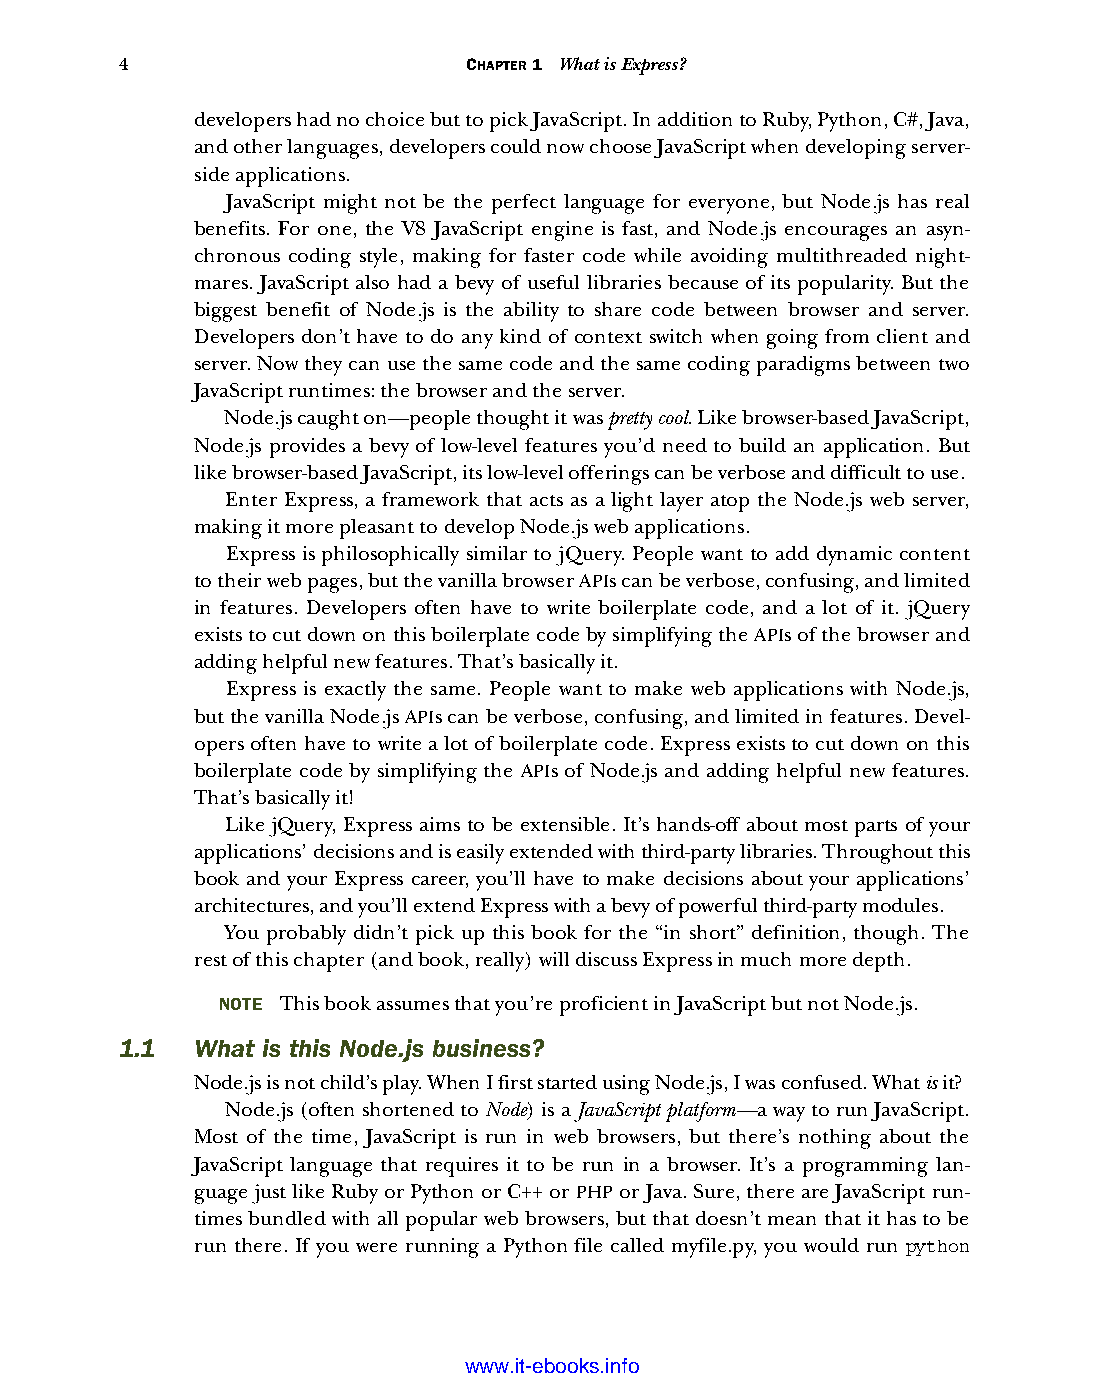
4                      CHAPTER 1 What is Express?
 developers had no choice but to pick JavaScript. In addition to Ruby, Python, C#, Java,
 and other languages, developers could now choose JavaScript when developing server-
 side applications.
 JavaScript might not be the perfect language for everyone, but Node.js has real
 benefits. For one, the V8 JavaScript engine is fast, and Node.js encourages an asyn-
 chronous coding style, making for faster code while avoiding multithreaded night-
 mares. JavaScript also had a bevy of useful libraries because of its popularity. But the
 biggest benefit of Node.js is the ability to share code between browser and server.
 Developers don’t have to do any kind of context switch when going from client and
 server. Now they can use the same code and the same coding paradigms between two
 JavaScript runtimes: the browser and the server.
 Node.js caught on—people thought it was pretty cool. Like browser-based JavaScript,
 Node.js provides a bevy of low-level features you’d need to build an application. But
 like browser-based JavaScript, its low-level offerings can be verbose and difficult to use.
 Enter Express, a framework that acts as a light layer atop the Node.js web server,
 making it more pleasant to develop Node.js web applications.
 Express is philosophically similar to jQuery. People want to add dynamic content
 to their web pages, but the vanilla browser APIs can be verbose, confusing, and limited
 in features. Developers often have to write boilerplate code, and a lot of it. jQuery
 exists to cut down on this boilerplate code by simplifying the APIs of the browser and
 adding helpful new features. That’s basically it.
 Express is exactly the same. People want to make web applications with Node.js,
 but the vanilla Node.js APIs can be verbose, confusing, and limited in features. Devel-
 opers often have to write a lot of boilerplate code. Express exists to cut down on this
 boilerplate code by simplifying the APIs of Node.js and adding helpful new features.
 That’s basically it!
 Like jQuery, Express aims to be extensible. It’s hands-off about most parts of your
 applications’ decisions and is easily extended with third-party libraries. Throughout this
 book and your Express career, you’ll have to make decisions about your applications’
 architectures, and you’ll extend Express with a bevy of powerful third-party modules.
 You probably didn’t pick up this book for the “in short” definition, though. The
 rest of this chapter (and book, really) will discuss Express in much more depth.
 NOTE This book assumes that you’re proficient in JavaScript but not Node.js.
 1.1  What is this Node.js business?
 Node.js is not child’s play. When I first started using Node.js, I was confused. What is it?
 Node.js (often shortened to Node) is a JavaScript platform—a way to run JavaScript.
 Most of the time, JavaScript is run in web browsers, but there’s nothing about the
 JavaScript language that requires it to be run in a browser. It’s a programming lan-
 guage just like Ruby or Python or C++ or PHP or Java. Sure, there are JavaScript run-
 times bundled with all popular web browsers, but that doesn’t mean that it has to be
 run there. If you were running a Python file called myfile.py, you would run python
 Licensed wtow w <.mit-ielebro.8o8k8s@.ingfomail.com>